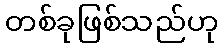
တစ်ခုဖြစ်သည်ဟု